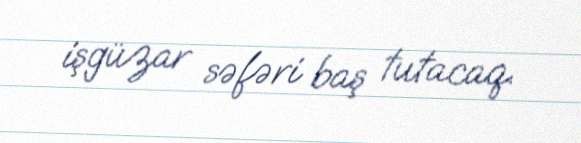
işgüzar səfəri baş tutacaq.